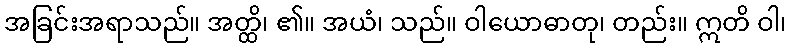
အခြင်းအရာသည်။ အတ္ထိ၊ ၏။ အယံ၊ သည်။ ဝါယောဓာတု၊ တည်း။ ဣတိ ဝါ၊